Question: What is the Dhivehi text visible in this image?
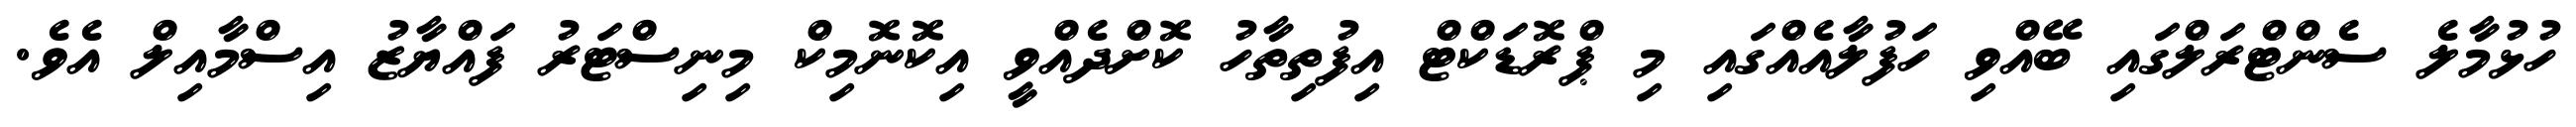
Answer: ހުޅުމާލެ ސެންޓްރަލްގައި ބޭއްވި ހަފުލާއެއްގައި މި ޕްރޮޑަކްޓް އިފުތިތާހު ކޮށްދެއްވީ އިކޮނޮމިކް މިނިސްޓަރު ފައްޔާޒު އިސްމާއިލް އެވެ.